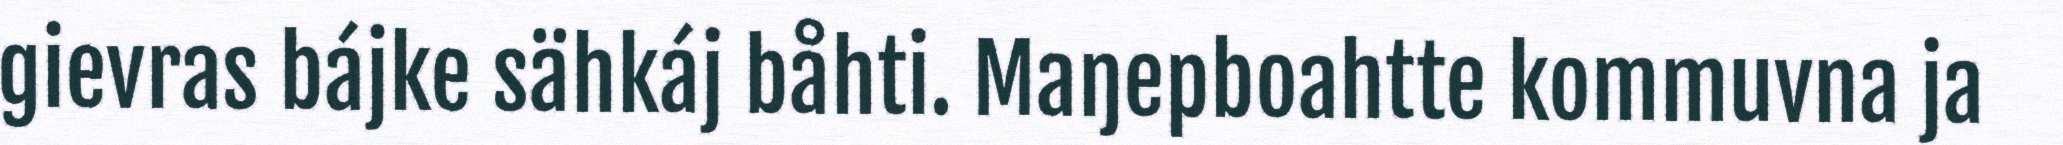
gievras bájke sähkáj båhti. Maŋepboahtte kommuvna ja